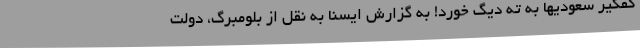
کفگیر سعودیها به ته دیگ خورد! به گزارش ایسنا به نقل از بلومبرگ، دولت